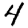
Digit: 4